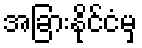
အခြားနိုင်ငံမှ